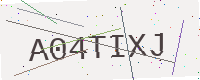
Text: A04TIXJ